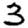
Digit: 3